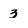
Character: 3